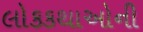
લોકકથાઓની